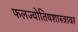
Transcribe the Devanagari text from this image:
फलज्योतिषशास्त्रावर